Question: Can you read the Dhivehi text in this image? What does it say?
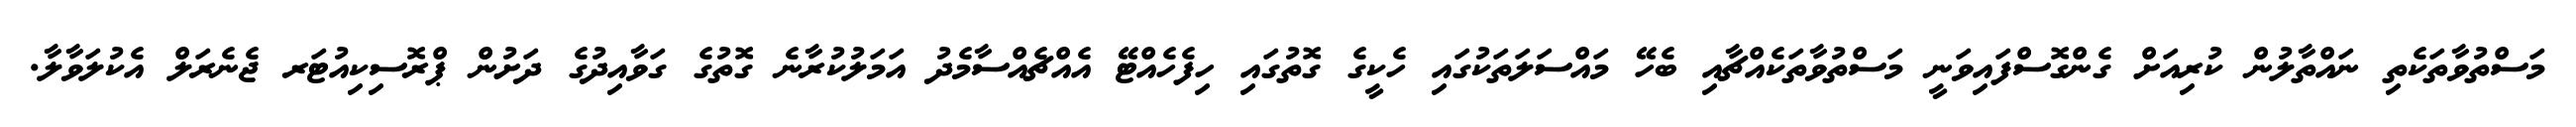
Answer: މަސްތުވާތަކެތި ނައްތާލުން ކުރިއަށް ގެންގޮސްފައިވަނީ މަސްތުވާތަކެއްޗާއި ބެހޭ މައްސަލަތަކުގައި ހެކީގެ ގޮތުގައި ހިފެހެއްޓޭ އެއްޗެއްސާމެދު އަމަލުކުރާނެ ގޮތުގެ ގަވާއިދުގެ ދަށުން ޕްރޮސިކިއުޓަރ ޖެނެރަލް އެކުލަވާލާ.